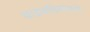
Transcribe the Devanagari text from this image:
वाडवडिलांकडे